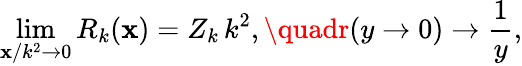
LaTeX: \operatorname*{lim}_{\mathbf{x}/k^{2}\to0}R_{k}(\mathbf{x})=Z_{k}\, k^{2},\quadr(y\to0)\to\frac{{1}}{{y}},